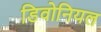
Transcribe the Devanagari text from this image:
डिवोनियल